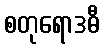
စတုရောဒဓီ